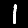
Label: 1